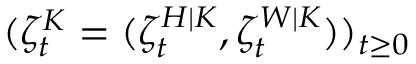
( \zeta _ { t } ^ { K } = ( \zeta _ { t } ^ { H | K } , \zeta _ { t } ^ { W | K } ) ) _ { t \geq 0 }